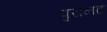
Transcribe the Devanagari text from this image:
पुरानट